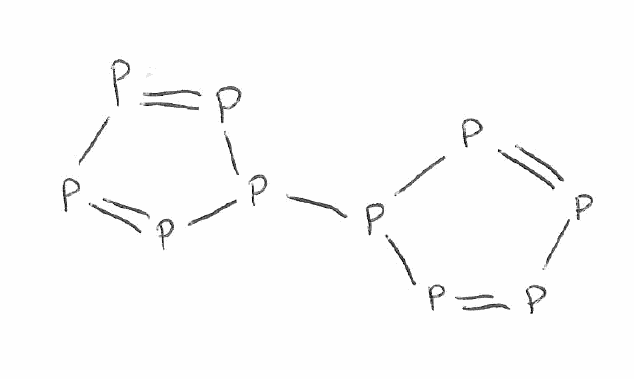
Simplified molecular-input line-entry system (SMILES) notation of the given molecule:
P1=PP(P=P1)P2P=PP=P2